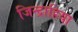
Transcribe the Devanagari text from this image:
जिन्द्राहिया